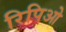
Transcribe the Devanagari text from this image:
रिपिओ